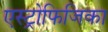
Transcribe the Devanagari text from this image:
एस्ट्रोफिजिका